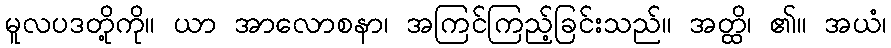
မူလပဒတို့ကို။ ယာ အာလောစနာ၊ အကြင်ကြည့်ခြင်းသည်။ အတ္ထိ၊ ၏။ အယံ၊